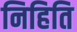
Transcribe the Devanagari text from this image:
निहिति